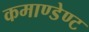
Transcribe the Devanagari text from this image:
कमाण्डेण्ट